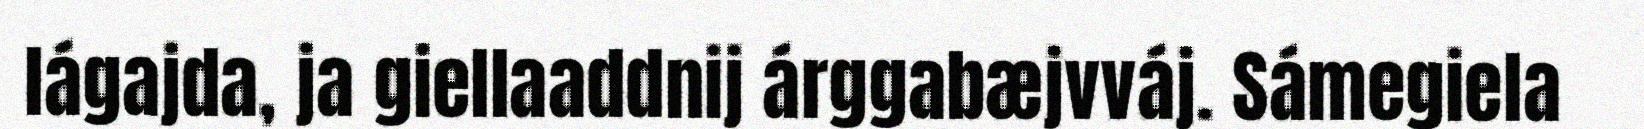
lágajda, ja giellaaddnij árggabæjvváj. Sámegiela